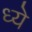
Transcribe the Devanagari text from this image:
ध्ये